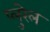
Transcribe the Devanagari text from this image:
प्लुरेल